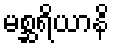
မစ္ဆရိယာနိ